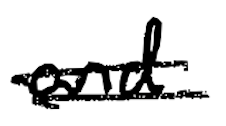
Text: and
Cross-out: mix
Writing tool: digital_black